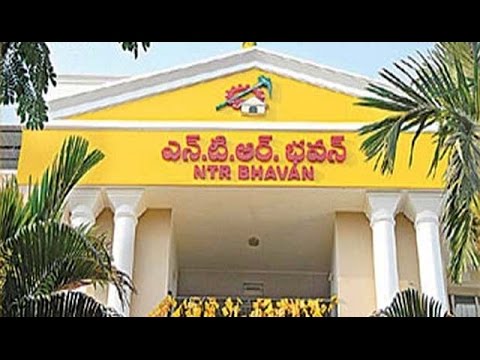
Language: telugu
Transcription: ఎన్. భవన్ టి.